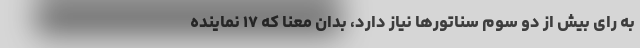
به رای بیش از دو سوم سناتورها نیاز دارد، بدان معنا که ۱۷ نماینده